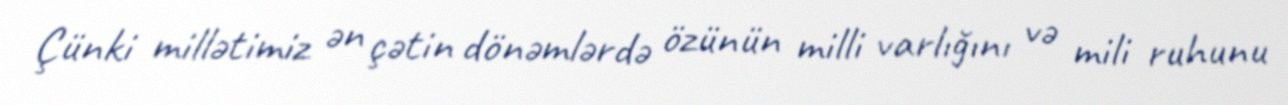
Çünki millətimiz ən çətin dönəmlərdə özünün milli varlığını və mili ruhunu